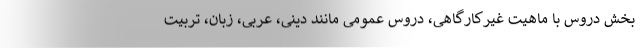
بخش دروس با ماهیت غیرکارگاهی، دروس عمومی مانند دینی، عربی، زبان، تربیت